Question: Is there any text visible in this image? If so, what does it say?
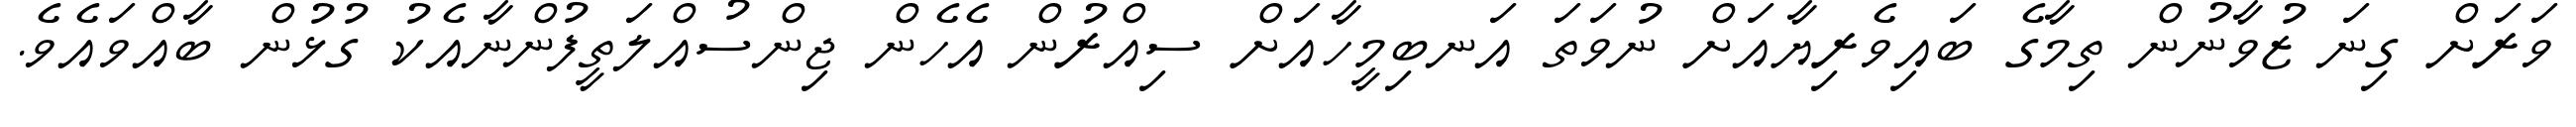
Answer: ވަރަށް ގިނަ ޒުވާނުން ތިމާގެ ބައިވެރިޔާއަށް ނުވަތަ އަނބިމީހާއަށް ސިއްރުން އެހެން ޖިންސުއްލަތީފުންނާއެކު ގުޅުން ބާއްވައެވެ.